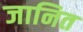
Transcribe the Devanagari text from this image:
जानित